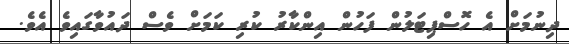
ދިނުމަށް އެ ހޮސްޕިޓަލުން ފަހުން އިންކާރު ކުރި ކަމަށް ވެސް ދައުވާގައިވެ އެވެ.